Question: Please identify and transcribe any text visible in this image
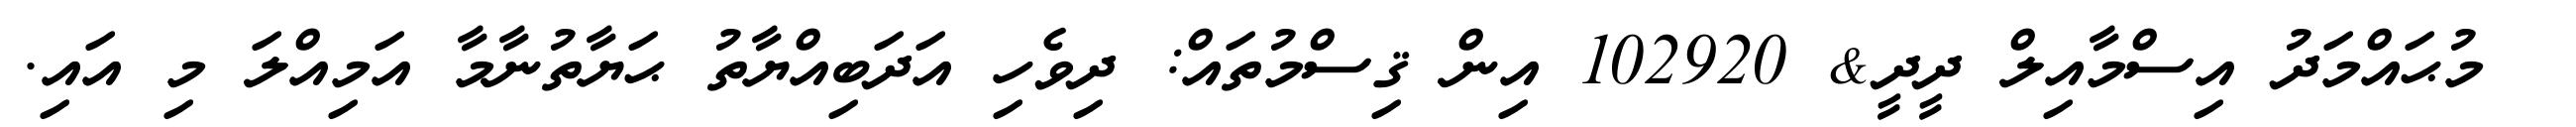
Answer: ? މުޙައްމަދު އިސްމާއިލް ދީދީ& 102920 އިން ޤިސްމުތައް: ދިވެހި އަދަބިއްޔާތު ޙަޔާތުނާމާ އަމިއްލަ މި އައި.